Vaccination in Bombay 1863-1868 - 1863-1868
Year: 1863
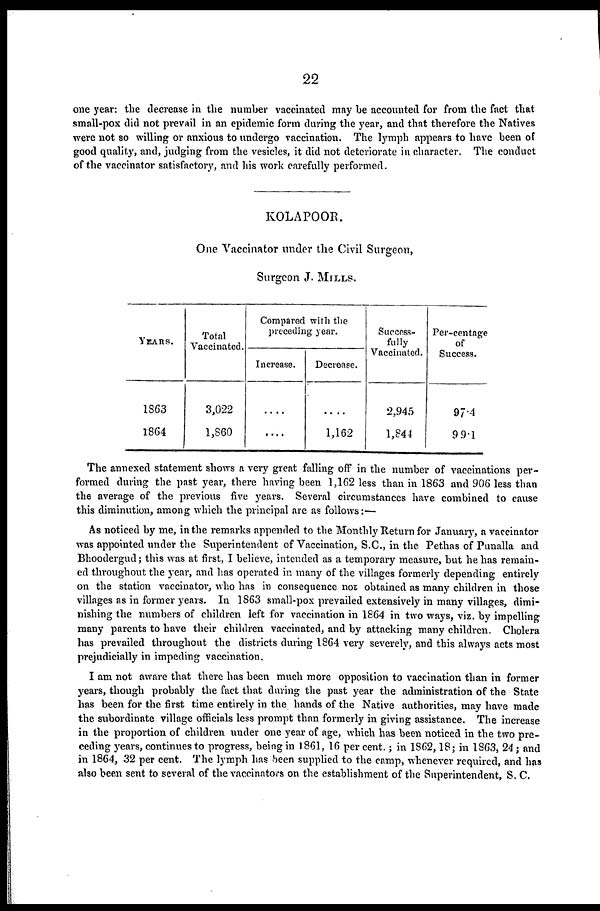
22
one year: the decrease in the number vaccinated may be accounted for from the fact that
small-pox did not prevail in an epidemic form during the year, and that therefore the Natives
were not so willing or anxious to undergo vaccination. The lymph appears to have been of
good quality, and, judging from the vesicles, it did not deteriorate in character. The conduct
of the vaccinator satisfactory, and his work carefully performed.
KOLAPOOR.
One Vaccinator under the Civil Surgeon,
Surgeon J. MILLS.
YEARS.
1863
1864
Total
Vaccinated.
3,022
1,860
Compared with the
preceding year.
Increase.
....
....
Decrease.
....
1,162
Success-
fully
Vaccinated.
2,945
1,844
Per-centage
of
Success.
97.4
99.1
The annexed statement shows a very great falling off in the number of vaccinations per-
formed during the past year, there having been 1,162 less than in 1863 and 906 less than
the average of the previous five years. Several circumstances have combined to cause
this diminution, among which the principal are as follows:—
As noticed by me, in the remarks appended to the Monthly Return for January, a vaccinator
was appointed under the Superintendent of Vaccination, S.C., in the Pethas of Punalla and
Bhoodergud; this was at first, I believe, intended as a temporary measure, but he has remain-
ed throughout the year, and has operated in many of the villages formerly depending entirely
on the station vaccinator, who has in consequence not obtained as many children in those
villages as in former years. In 1863 small-pox prevailed extensively in many villages, dimi-
nishing the numbers of children left for vaccination in 1864 in two ways, viz. by impelling
many parents to have their children vaccinated, and by attacking many children. Cholera
has prevailed throughout the districts during 1864 very severely, and this always acts most
prejudicially in impeding vaccination.
I am not aware that there has been much more opposition to vaccination than in former
years, though probably the fact that during the past year the administration of the State
has been for the first time entirely in the hands of the Native authorities, may have made
the. subordinate village officials less prompt than formerly in giving assistance. The increase
in the proportion of children under one year of age, which has been noticed in the two pre-
ceding years, continues to progress, being in 1861, 16 per cent.; in 1862,18; in 1863, 24 ; and
in 1864, 32 per cent. The lymph has been supplied to the camp, whenever required, and has
also been sent to several of the vaccinators on the establishment of the Superintendent, S. C.